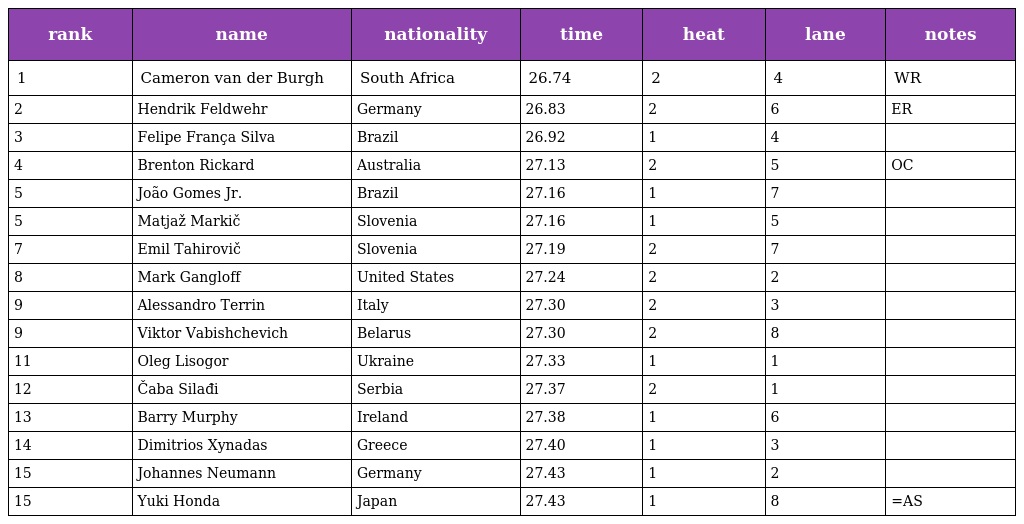
| rank | name | nationality | time | heat | lane | notes |
 | --- | --- | --- | --- | --- | --- | --- |
 | 1 | Cameron van der Burgh | South Africa | 26.74 | 2 | 4 | WR |
 | 2 | Hendrik Feldwehr | Germany | 26.83 | 2 | 6 | ER |
 | 3 | Felipe França Silva | Brazil | 26.92 | 1 | 4 |  |
 | 4 | Brenton Rickard | Australia | 27.13 | 2 | 5 | OC |
 | 5 | João Gomes Jr. | Brazil | 27.16 | 1 | 7 |  |
 | 5 | Matjaž Markič | Slovenia | 27.16 | 1 | 5 |  |
 | 7 | Emil Tahirovič | Slovenia | 27.19 | 2 | 7 |  |
 | 8 | Mark Gangloff | United States | 27.24 | 2 | 2 |  |
 | 9 | Alessandro Terrin | Italy | 27.30 | 2 | 3 |  |
 | 9 | Viktor Vabishchevich | Belarus | 27.30 | 2 | 8 |  |
 | 11 | Oleg Lisogor | Ukraine | 27.33 | 1 | 1 |  |
 | 12 | Čaba Silađi | Serbia | 27.37 | 2 | 1 |  |
 | 13 | Barry Murphy | Ireland | 27.38 | 1 | 6 |  |
 | 14 | Dimitrios Xynadas | Greece | 27.40 | 1 | 3 |  |
 | 15 | Johannes Neumann | Germany | 27.43 | 1 | 2 |  |
 | 15 | Yuki Honda | Japan | 27.43 | 1 | 8 | =AS |